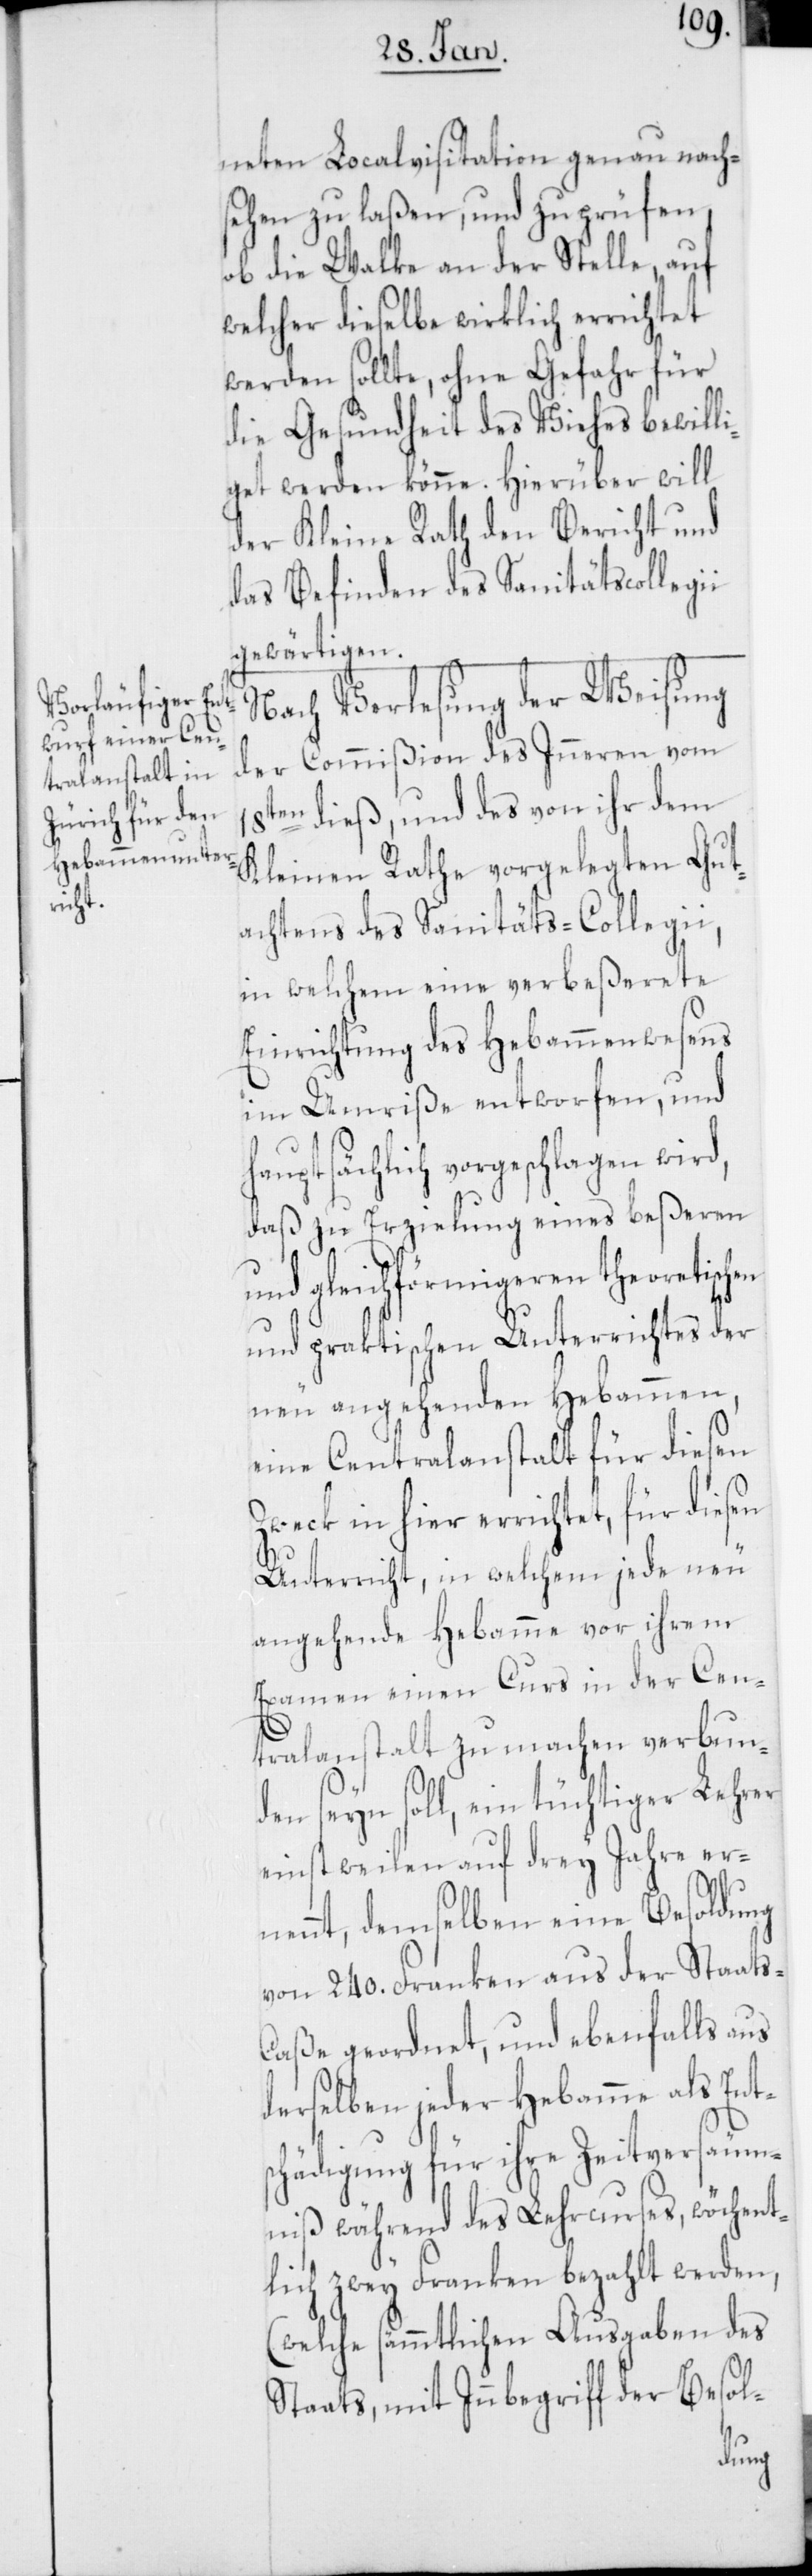
neten Localvisitation genau nach¬
sehen zu laßen, und zu prüfen,
ob die Walke an der Stelle, auf
welcher dieselbe wirklich errichtet
werden sollte, ohne Gefahr für
die Gesundheit des Viehes bewilli¬
get werden könne. Hierüber will
der Kleine Rath den Bericht und
das Befinden des Sanitätscollegi¬
gewärtigen.
Nach Verlesung der Weisung
der Commißion des Inneren vom
18ten dieß, und des von ihr dem
Kleinen Rathe vorgelegten Gut¬
achtens des Sanitäts-Collegii,
in welchem eine verbeßerete
Einrichtung des Hebammenwesens
im Umriße entworfen, und
hauptsächlich vorgeschlagen wird,
daß zu Erzielung eines beßeren
und gleichförmigeren theoretischen
und praktischen Unterrichtes der
neu angehenden Hebammen,
eine Centralanstalt für diesen
Zweck in hier errichtet, für diesen
Unterricht, in welchem jede neu
angehende Hebamme vor ihrem
Examen einen Curs in der Cen¬
tralanstalt zu machen verbun¬
den seyn soll, ein tüchtiger Lehrer
einstweilen auf drey Jahre er¬
i
nennt, demselben eine Besoldung
von 240. Franken aus der Staats-C¬
aße geordnet, und ebenfalls aus
derselben jeder Hebamme als Ent¬
schädigung für ihre Zeitversäum¬
niß während des Lehrcurses, wöchent¬
lich zwey Franken bezahlt werden,
(welche sämmtlichen Ausgaben des
Staats, mit Inbegriff der Besol-